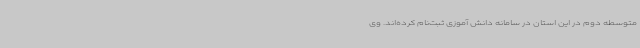
متوسطه دوم در این استان در سامانه دانش آموزی ثبت‌نام کرده‌اند. وی